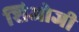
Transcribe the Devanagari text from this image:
शिओजी